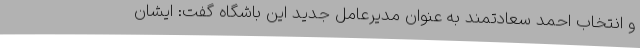
و انتخاب احمد سعادتمند به عنوان مدیرعامل جدید این باشگاه گفت: ایشان